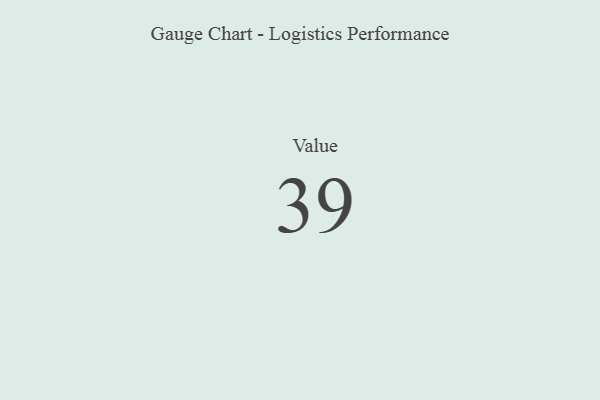
{"axis": {"x": "Metric", "y": "Value"}, "legend": [""], "data": [{"x": "Value", "y": 39, "type": ""}]}